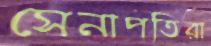
সেনাপতিরা